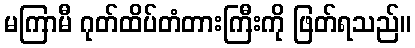
မကြာမီ ဂုတ်ထိပ်တံတားကြီးကို ဖြတ်ရသည်။